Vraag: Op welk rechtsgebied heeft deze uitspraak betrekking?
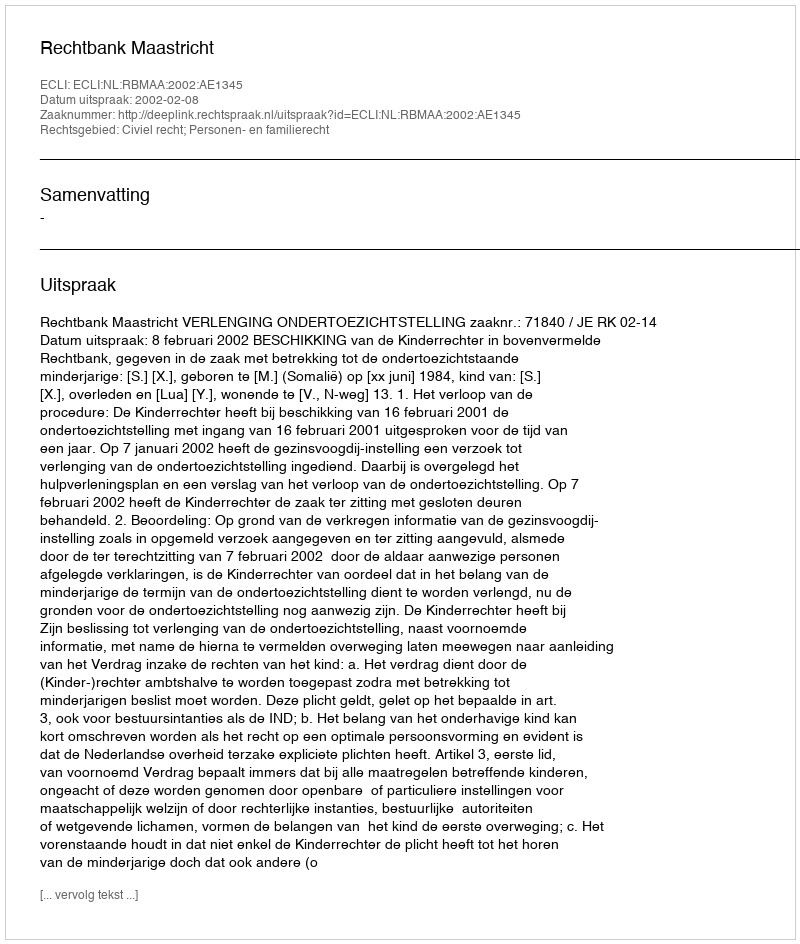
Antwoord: Civiel recht; Personen- en familierecht